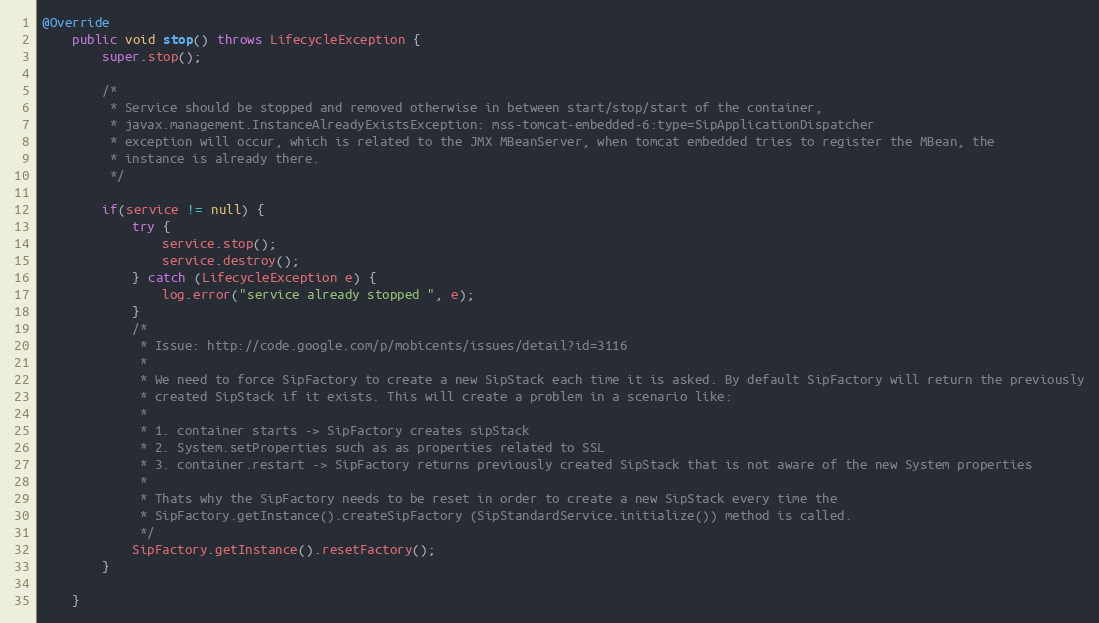
Language: Java
@Override
	public void stop() throws LifecycleException {
    	super.stop();

        /*
         * Service should be stopped and removed otherwise in between start/stop/start of the container,
         * javax.management.InstanceAlreadyExistsException: mss-tomcat-embedded-6:type=SipApplicationDispatcher
         * exception will occur, which is related to the JMX MBeanServer, when tomcat embedded tries to register the MBean, the
         * instance is already there.
         */

		if(service != null) {
			try {
				service.stop();
				service.destroy();
			} catch (LifecycleException e) {
				log.error("service already stopped ", e);
			}
			/*
			 * Issue: http://code.google.com/p/mobicents/issues/detail?id=3116
			 *
			 * We need to force SipFactory to create a new SipStack each time it is asked. By default SipFactory will return the previously
			 * created SipStack if it exists. This will create a problem in a scenario like:
			 *
			 * 1. container starts -> SipFactory creates sipStack
			 * 2. System.setProperties such as as properties related to SSL
			 * 3. container.restart -> SipFactory returns previously created SipStack that is not aware of the new System properties
			 *
			 * Thats why the SipFactory needs to be reset in order to create a new SipStack every time the
			 * SipFactory.getInstance().createSipFactory (SipStandardService.initialize()) method is called.
			 */
			SipFactory.getInstance().resetFactory();
		}

    }